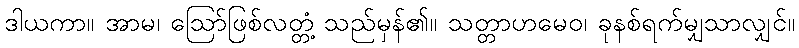
ဒါယကာ။ အာမ၊ ဩော်ဖြစ်လတ္တံ့ သည်မှန်၏။ သတ္တာဟမေဝ၊ ခုနစ်ရက်မျှသာလျှင်။